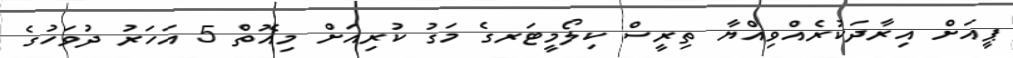
ޕީއަށް އިރާދަކުރެއްވިއްޔާ ތިރީސް ކިލޯމީޓަރގެ މަގު ކުރިއަށް މިއޮތް 5 އަހަރު ދުވަހުގެ